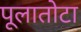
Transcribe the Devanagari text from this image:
पूलातोटा